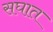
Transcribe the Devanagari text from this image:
सघात